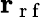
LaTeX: \mathbf{r}_{\mathrm{~r~f~}}